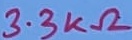
Text: 3.3KΩ